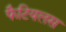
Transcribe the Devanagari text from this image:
फैटियलस